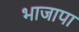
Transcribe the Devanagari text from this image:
भाजापा